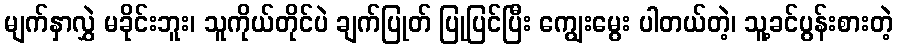
မျက်နှာလွှဲ မခိုင်းဘူး၊ သူကိုယ်တိုင်ပဲ ချက်ပြုတ် ပြုပြင်ပြီး ကျွေးမွေး ပါတယ်တဲ့၊ သူ့ခင်ပွန်းစားတဲ့